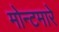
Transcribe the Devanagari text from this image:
मोन्टमारे